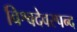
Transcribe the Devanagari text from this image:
विश्वदेवस्पन्द